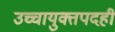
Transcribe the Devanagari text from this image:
उच्चायुक्तपदही